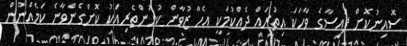
ސޮއިނުކޮށް ފައިސާގެ ވާހަކަ އިތުރައް ދެއްކުމަކީ އެހާ ޒުވާން ކުޅުންތެރިއަކު ކޮށްގެންވާނެ ކަމެއްނޫން